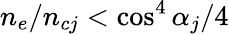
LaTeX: n_{e}/n_{cj}<\cos^{4}\alpha_{j}/4